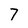
Character: 7